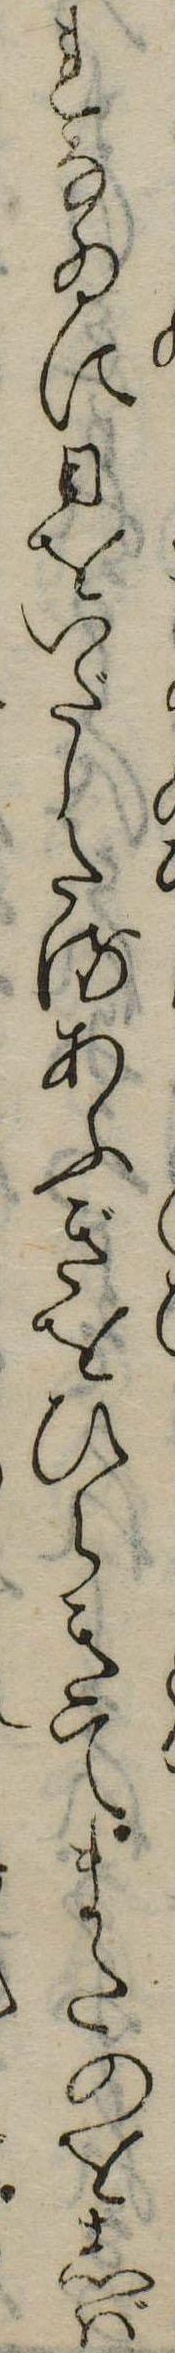
れなゐに日をいだしたるあふぎをひらきてまたのをしば